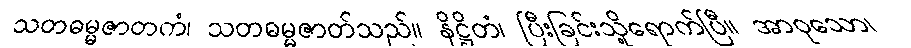
သတဓမ္မဇာတကံ၊ သတဓမ္မဇာတ်သည်။ နိဋ္ဌိတံ၊ ပြီးခြင်းသို့ရောက်ပြီ။ အာဝုသော၊